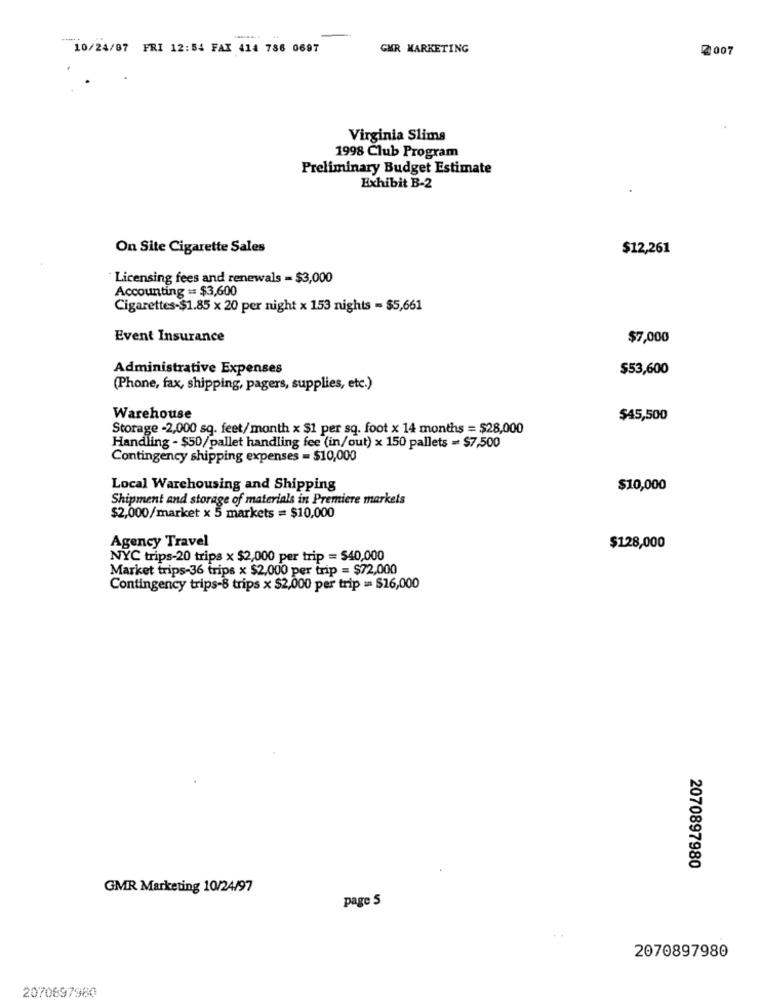
10/24/87 FRI 12:54 FAX 414 786 0697
GMR MARKETING
2 007
Virginia Slims
1998 Club Program
Preliminary Budget Estimate
Exhibit B-2
On Site Cigarette Sales
$12,261
Licensing fees and renewals = $3,000
Accounting == $3,600
Cigarettes-$1.85 x 20 per night x 153 nights = $5,661
Event Insurance
$7,000
Administrative Expenses
$53,600
(Phone, fax, shipping, pagers, supplies, etc.)
Warehouse
$45,500
Storage -2,000 sq. feet/month x $1 per sq. foot x 14 months = $28,000
Handling - $50/pallet handling fee (in/out) x 150 pallets = $7,500
Contingency shipping expenses = $10,000
Local Warehousing and Shipping
$10,000
Shipment and storage of materials in Premiere markets
$2,000/market x 5 markets = $10,000
Agency Travel
$128,000
NYC trips-20 trips x $2,000 per trip = $40,000
Market trips-36 trips x $2,000 per trip = $72,000
Contingency trips-8 trips x $2,000 per trip = $16,000
2070897980
GMR Marketing 10/24/97
page 5
2070897980
2070697980